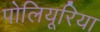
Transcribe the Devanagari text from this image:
पोलियूरिया